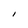
Character: I